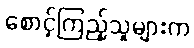
စောင့်ကြည့်သူများက